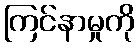
ကြင်နာမှုကို